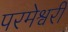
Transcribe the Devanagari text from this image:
परमेश्वरीं